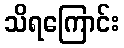
သိရကြောင်း